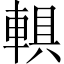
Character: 𨍄